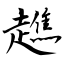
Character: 趭